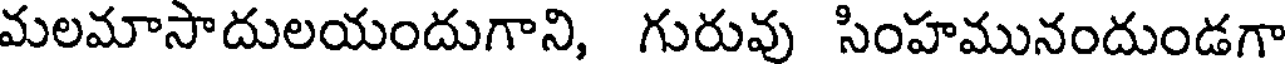
మలమాసాదులయందుగాని, గురువు సింహమునందుండగా